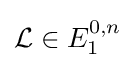
{\mathcal {L}}\in E_{1}^{0,n}